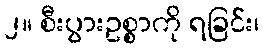
၂။ စီးပွားဥစ္စာကို ရခြင်း၊